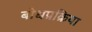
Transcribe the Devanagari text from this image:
बोधप्रक्रिया